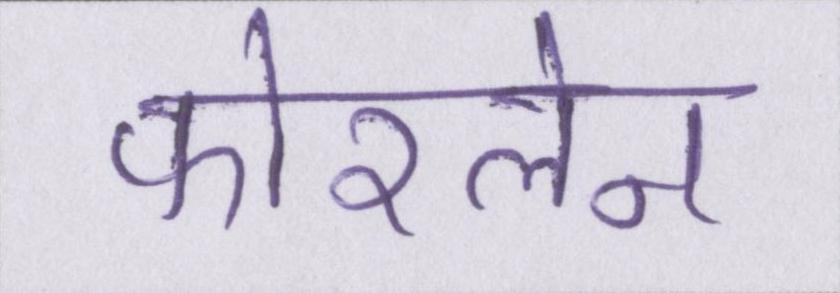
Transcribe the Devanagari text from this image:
फोरलेन